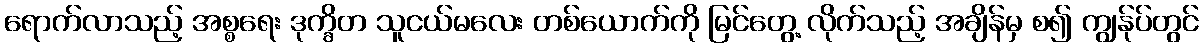
ရောက်လာသည့် အစ္စရေး ဒုက္ခိတ သူငယ်မလေး တစ်ယောက်ကို မြင်တွေ့ လိုက်သည့် အချိန်မှ စ၍ ကျွန်ုပ်တွင်